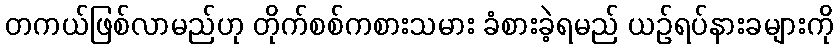
တကယ်ဖြစ်လာမည်ဟု တိုက်စစ်ကစားသမား ခံစားခဲ့ရမည် ယဉ်ရပ်နားခများကို